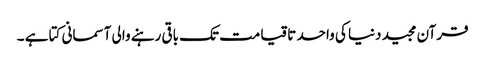
قرآن مجید دنیا کی واحد تاقیامت تک باقی رہنے والی آسمانی کتا ہے ۔